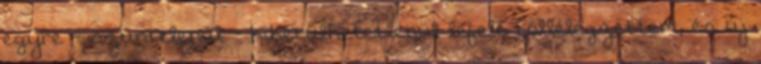
egyre - szüntelenül - kikerülhetetlenül lefelé Föllélegzettem, és új